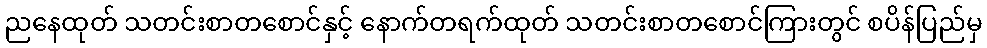
ညနေထုတ် သတင်းစာတစောင်နှင့် နောက်တရက်ထုတ် သတင်းစာတစောင်ကြားတွင် စပိန်ပြည်မှ